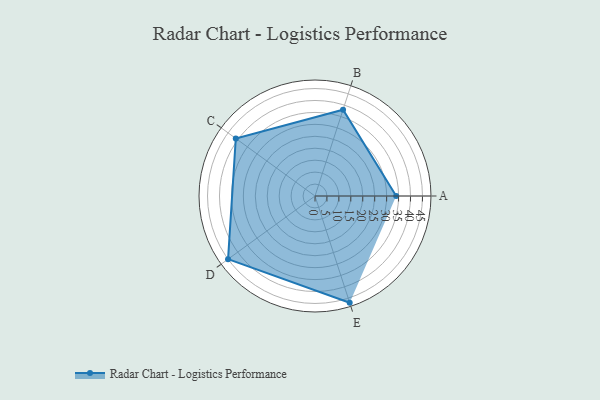
{"axis": {"x": "Skill", "y": "Score"}, "legend": ["Profile"], "data": [{"x": "A", "y": 34.0, "type": "Profile"}, {"x": "B", "y": 38.0, "type": "Profile"}, {"x": "C", "y": 41.0, "type": "Profile"}, {"x": "D", "y": 45.0, "type": "Profile"}, {"x": "E", "y": 47.0, "type": "Profile"}]}